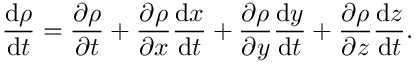
{ \frac { \mathrm { d } \rho } { \mathrm { d } t } } = { \frac { \partial \rho } { \partial t } } + { \frac { \partial \rho } { \partial x } } { \frac { \mathrm { d } x } { \mathrm { d } t } } + { \frac { \partial \rho } { \partial y } } { \frac { \mathrm { d } y } { \mathrm { d } t } } + { \frac { \partial \rho } { \partial z } } { \frac { \mathrm { d } z } { \mathrm { d } t } } .